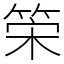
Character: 筞